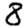
Digit: 8